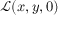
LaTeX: { \mathcal { L } } ( x , y , 0 )